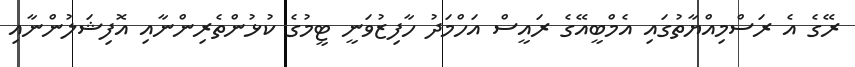
ރޭގެ އެ ރަސްމިއްޔާތުގައި އެމްބީއޭގެ ރައީސް އަހްމަދު ހާފިޒުވަނީ ޓީމުގެ ކުޅުންތެރިންނާއި އޮފިޝަލުންނާއި